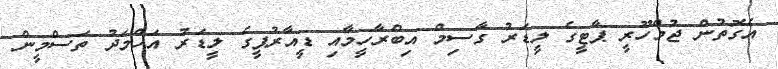
އެގޮތުން ޖުމްހޫރީ ޕާޓީގެ ލީޑަރު ގާސިމް އިބްރާހީމާއި ޑީއާރުޕީގެ ލީޑަރު އަހްމަދު ތަސްމީން